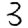
Digit: 3